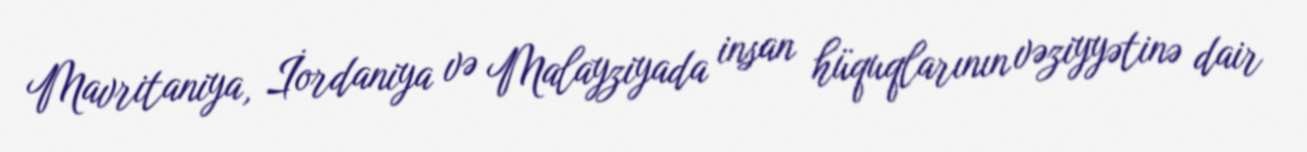
Mavritaniya, İordaniya və Malayziyada insan hüquqlarının vəziyyətinə dair